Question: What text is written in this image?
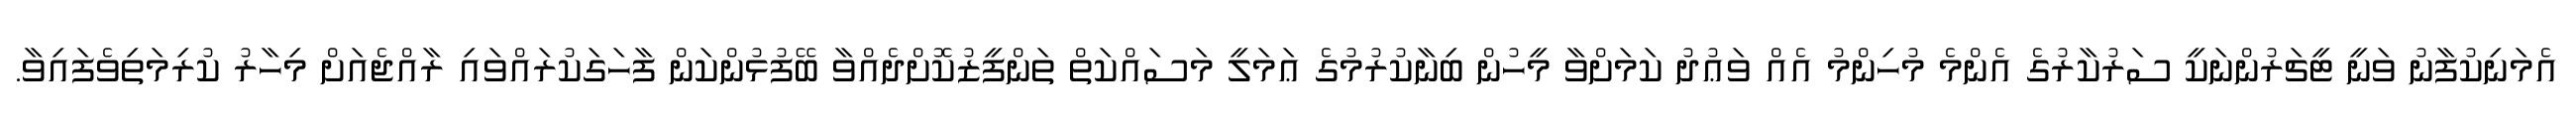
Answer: އެމަނިކުފާނު ވަނީ ޓީޗަރުންނަކީ ސަރުކާރުގެ އެންމެ މުހިންމު އެއް ވަޢުދު ކަމަށްވާ މީހުން ބިނާކުރުމުގެ ޢަމަލީ މަސައްކަތް ތަންފީޒުކޮށްދެއްވާ ބޭފުޅުންކަން ފާހަގަކުރައްވައި ރާއްޖެއަށް މިހާރު ކުރިމަތިވެފައިވާ.